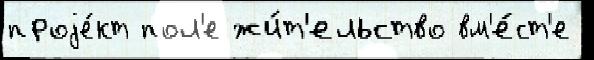
проjе́кт пол'е жи́т'ельство вм'е́ст'е